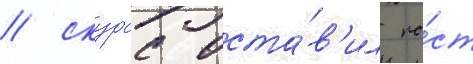
/ скурас оста́в'ил по́ст